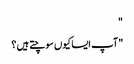
"
"آپ ایسا کیوں سوچتے ہیں ؟